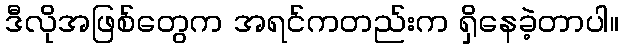
ဒီလိုအဖြစ်တွေက အရင်ကတည်းက ရှိနေခဲ့တာပါ။